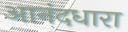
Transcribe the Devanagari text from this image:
आनंदधारा